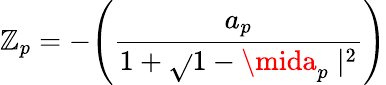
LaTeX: \mathbb{Z}_{p}=-\Biggl(\frac{{a_{p}}}{{1+\sqrt{}{{1-\mida_{p}\mid^{2}}}}}\Biggr)